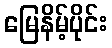
မြေနိမ့်ပိုင်း